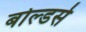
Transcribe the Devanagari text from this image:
बोल्डर्स